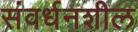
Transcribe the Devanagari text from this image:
संवर्धनशील